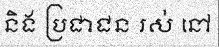
និង ប្រជាជន រស់ នៅ